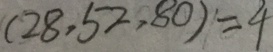
( 2 8 , 5 2 , 8 0 ) = 4